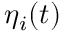
\eta _ { i } ( t )